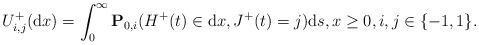
\begin{align*} U_{i,j}^+({\rm d}x)=\int_{0}^{\infty}\mathbf{P}_{0,i}(H^+(t)\in {\rm d}x,J^+(t)=j){\rm d}s, x\geq 0, i,j\in\{-1,1\}. \end{align*}